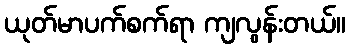
ယုတ်မာပက်စက်ရာ ကျလွန်းတယ်။